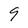
Character: 9